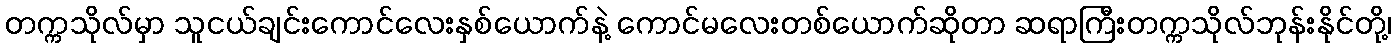
တက္ကသိုလ်မှာ သူငယ်ချင်းကောင်လေးနှစ်ယောက်နဲ့ ကောင်မလေးတစ်ယောက်ဆိုတာ ဆရာကြီးတက္ကသိုလ်ဘုန်းနိုင်တို့၊